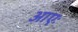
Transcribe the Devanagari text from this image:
आएः